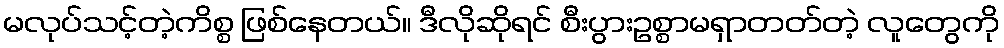
မလုပ်သင့်တဲ့ကိစ္စ ဖြစ်နေတယ်။ ဒီလိုဆိုရင် စီးပွားဥစ္စာမရှာတတ်တဲ့ လူတွေကို